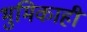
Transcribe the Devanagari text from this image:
भुमिकाही